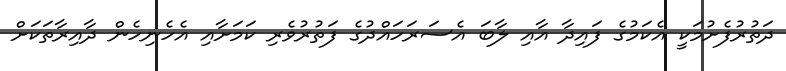
ދަތުރުފެށުމަކީ އެކަމުގެ ފައިދާ އާއި ލާބަ އެސަރަހައްދުގެ ފަތުރުވެރި ކަމަށާއި އެހެނިހެން ދާއިރާތަކަށް